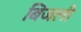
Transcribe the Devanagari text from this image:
बिजली